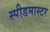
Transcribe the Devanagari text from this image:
स्पीडमास्टर